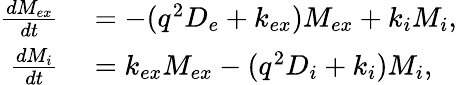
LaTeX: \begin{array}{rl}{\frac{dM_{ex}}{dt}}&{{}=-(q^{2}D_{e}+k_{ex})M_{ex}+k_{i}M_{i},}\\ {\frac{dM_{i}}{dt}}&{{}=k_{ex}M_{ex}-(q^{2}D_{i}+k_{i})M_{i},}\end{array}